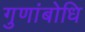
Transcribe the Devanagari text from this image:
गुणांबोधि